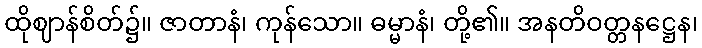
ထိုဈာန်စိတ်၌။ ဇာတာနံ၊ ကုန်သော။ ဓမ္မာနံ၊ တို့၏။ အနတိဝတ္တနဋ္ဌေန၊